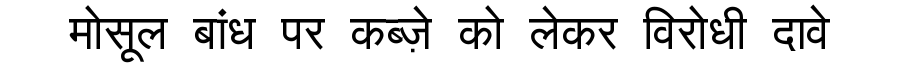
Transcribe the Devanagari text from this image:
मोसूल बांध पर कब्ज़े को लेकर विरोधी दावे